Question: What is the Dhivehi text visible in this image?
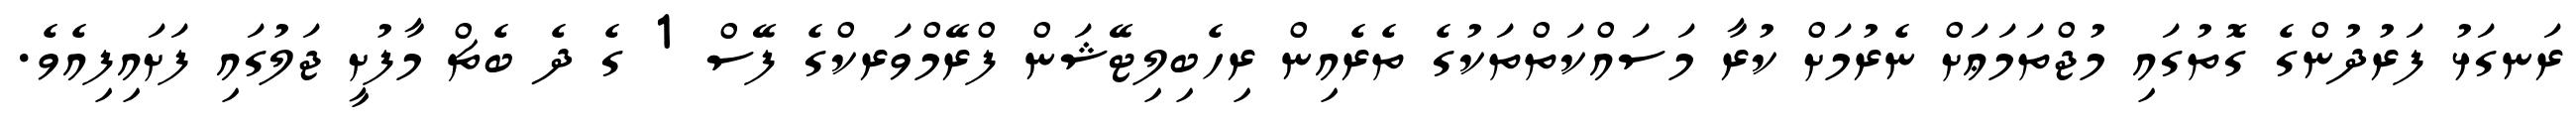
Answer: ރަނގަޅު ފަރުދުންގެ ގޮތުގައި މުޖްތަމަޢަށް ނެރުމަށް ކުރާ މަސައްކަތްތަކުގެ ތެރެއިން ރިހެބިލިޓޭޝަން ފްރޭމްވަރކްގެ ފޭސް 1 ގެ ދެ ބެޗް މާފުށީ ޖަލުގައި ފަށައިފިއެވެ.